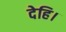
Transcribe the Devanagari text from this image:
देहि।